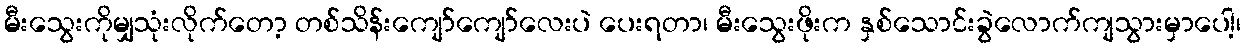
မီးသွေးကိုမျှသုံးလိုက်တော့ တစ်သိန်းကျော်ကျော်လေးပဲ ပေးရတာ၊ မီးသွေးဖိုးက နှစ်သောင်းခွဲလောက်ကျသွားမှာပေါ့၊